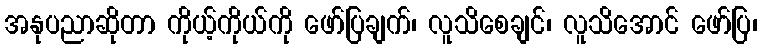
အနုပညာဆိုတာ ကိုယ့်ကိုယ်ကို ဖော်ပြချက်၊ လူသိစေချင်၊ လူသိအောင် ဖော်ပြ၊